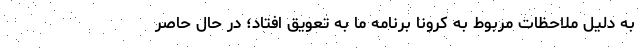
به دلیل ملاحظات مربوط به کرونا برنامه ما به تعویق افتاد؛ در حال حاصر